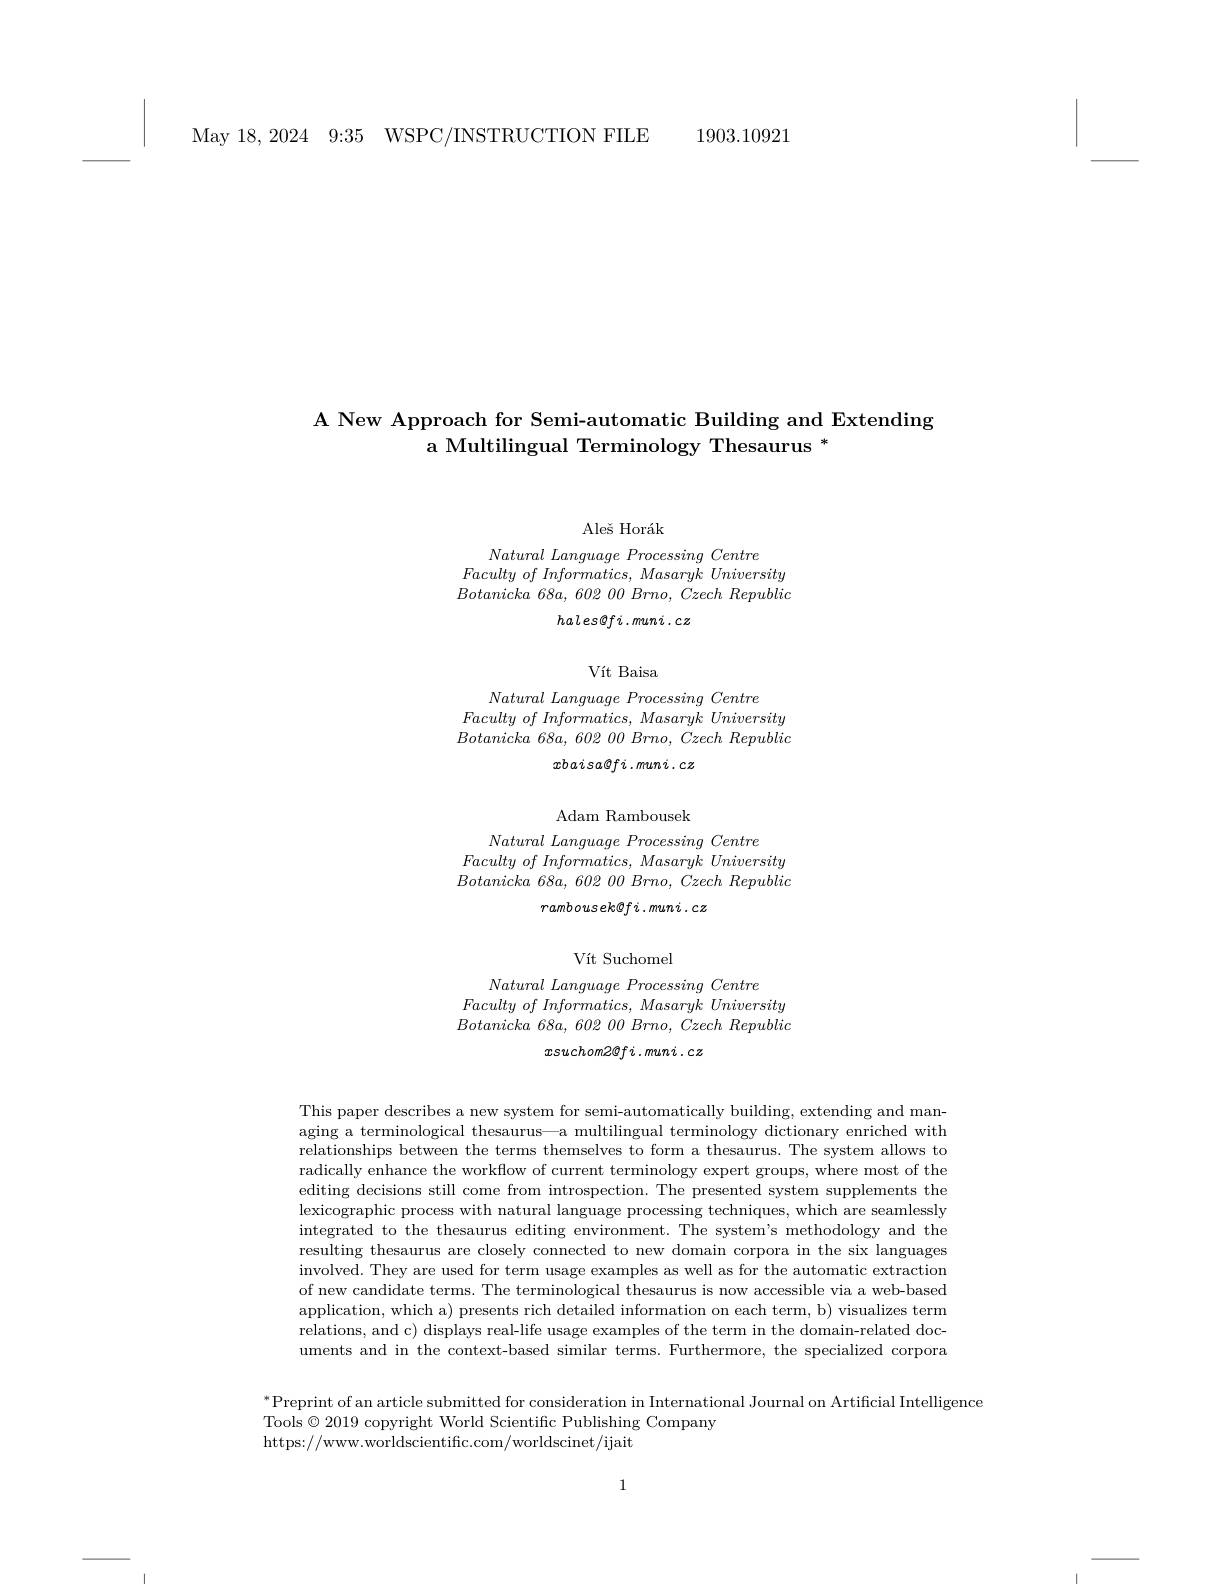
1903.10921

May 18,2024 9:35 WSPC/INSTRUCTION FILE

# A New Approach for Semi-automatic Building and Extending a Multilingual Terminology Thesaurus $^{*}$

<FigureHere>

## Vít Suchomel

Natural Language Processing Centre
Faculty $of$ $Informatics$, Masaryk University $\textit{Botanicka 68a, 602 00 Brno, Czech Republic}$
$xsuchom2@fi.muni.cz$

This paper describes a new system for semi-automatically building, extending and managing a terminological thesaurus—a multilingual terminology dictionary enriched with relationships between the terms themselves to form a thesaurus. The system allows to radically enhance the workflow of current terminology expert groups, where most of the editing decisions still come from introspection. The presented system supplements the lexicographic process with natural language processing techniques, which are seamlessly integrated to the thesaurus editing environment. The system's methodology and the resulting thesaurus are closely connected to new domain corpora in the six languages involved. They are used for term usage examples as well as for the automatic extraction of new candidate terms. The terminological thesaurus is now accessible via a web-based application, which a) presents rich detailed information on each term, b) visualizes term relations, and c) displays real-life usage examples of the term in the domain-related documents and in the context-based similar terms. Furthermore, the specialized corpora

$^*$Preprint of an article submitted for consideration in Internation in International Journal on Artificial Intelligence
Tools$\textcircled{2}019$ copyright World Scientific Publishing Company
https://www.worldscientific.com/worldscinet/ijait

1